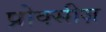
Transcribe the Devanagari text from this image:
प्रोक्सीज़